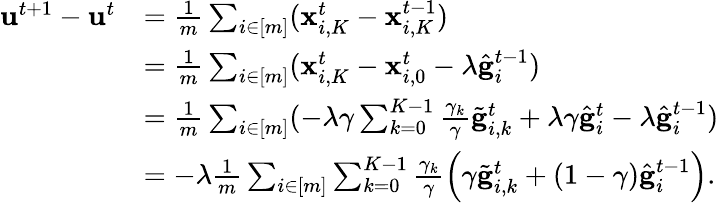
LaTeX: \begin{array}{rl}{\mathbf{u}^{t+1}-\mathbf{u}^{t}}&{=\frac{1}{m}\sum_{i\in[m]}(\mathbf{x}_{i,K}^{t}-\mathbf{x}_{i,K}^{t-1})}\\ &{=\frac{1}{m}\sum_{i\in[m]}(\mathbf{x}_{i,K}^{t}-\mathbf{x}_{i,0}^{t}-\lambda\hat{\mathbf{g}}_{i}^{t-1})}\\ &{=\frac{1}{m}\sum_{i\in[m]}(-\lambda\gamma\sum_{k=0}^{K-1}\frac{\gamma_{k}}{\gamma}\tilde{\mathbf{g}}_{i,k}^{t}+\lambda\gamma\hat{\mathbf{g}}_{i}^{t}-\lambda\hat{\mathbf{g}}_{i}^{t-1})}\\ &{=-\lambda\frac{1}{m}\sum_{i\in[m]}\sum_{k=0}^{K-1}\frac{\gamma_{k}}{\gamma}\left(\gamma\tilde{\mathbf{g}}_{i,k}^{t}+(1-\gamma)\hat{\mathbf{g}}_{i}^{t-1}\right).}\end{array}